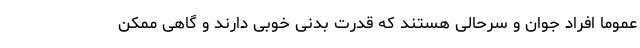
عموما افراد جوان و سرحالی هستند که قدرت بدنی خوبی دارند و گاهی ممکن